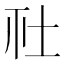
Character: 𡉹